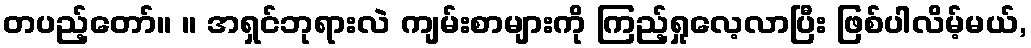
တပည့်တော်။ ။ အရှင်ဘုရားလဲ ကျမ်းစာများကို ကြည့်ရှုလေ့လာပြီး ဖြစ်ပါလိမ့်မယ်,